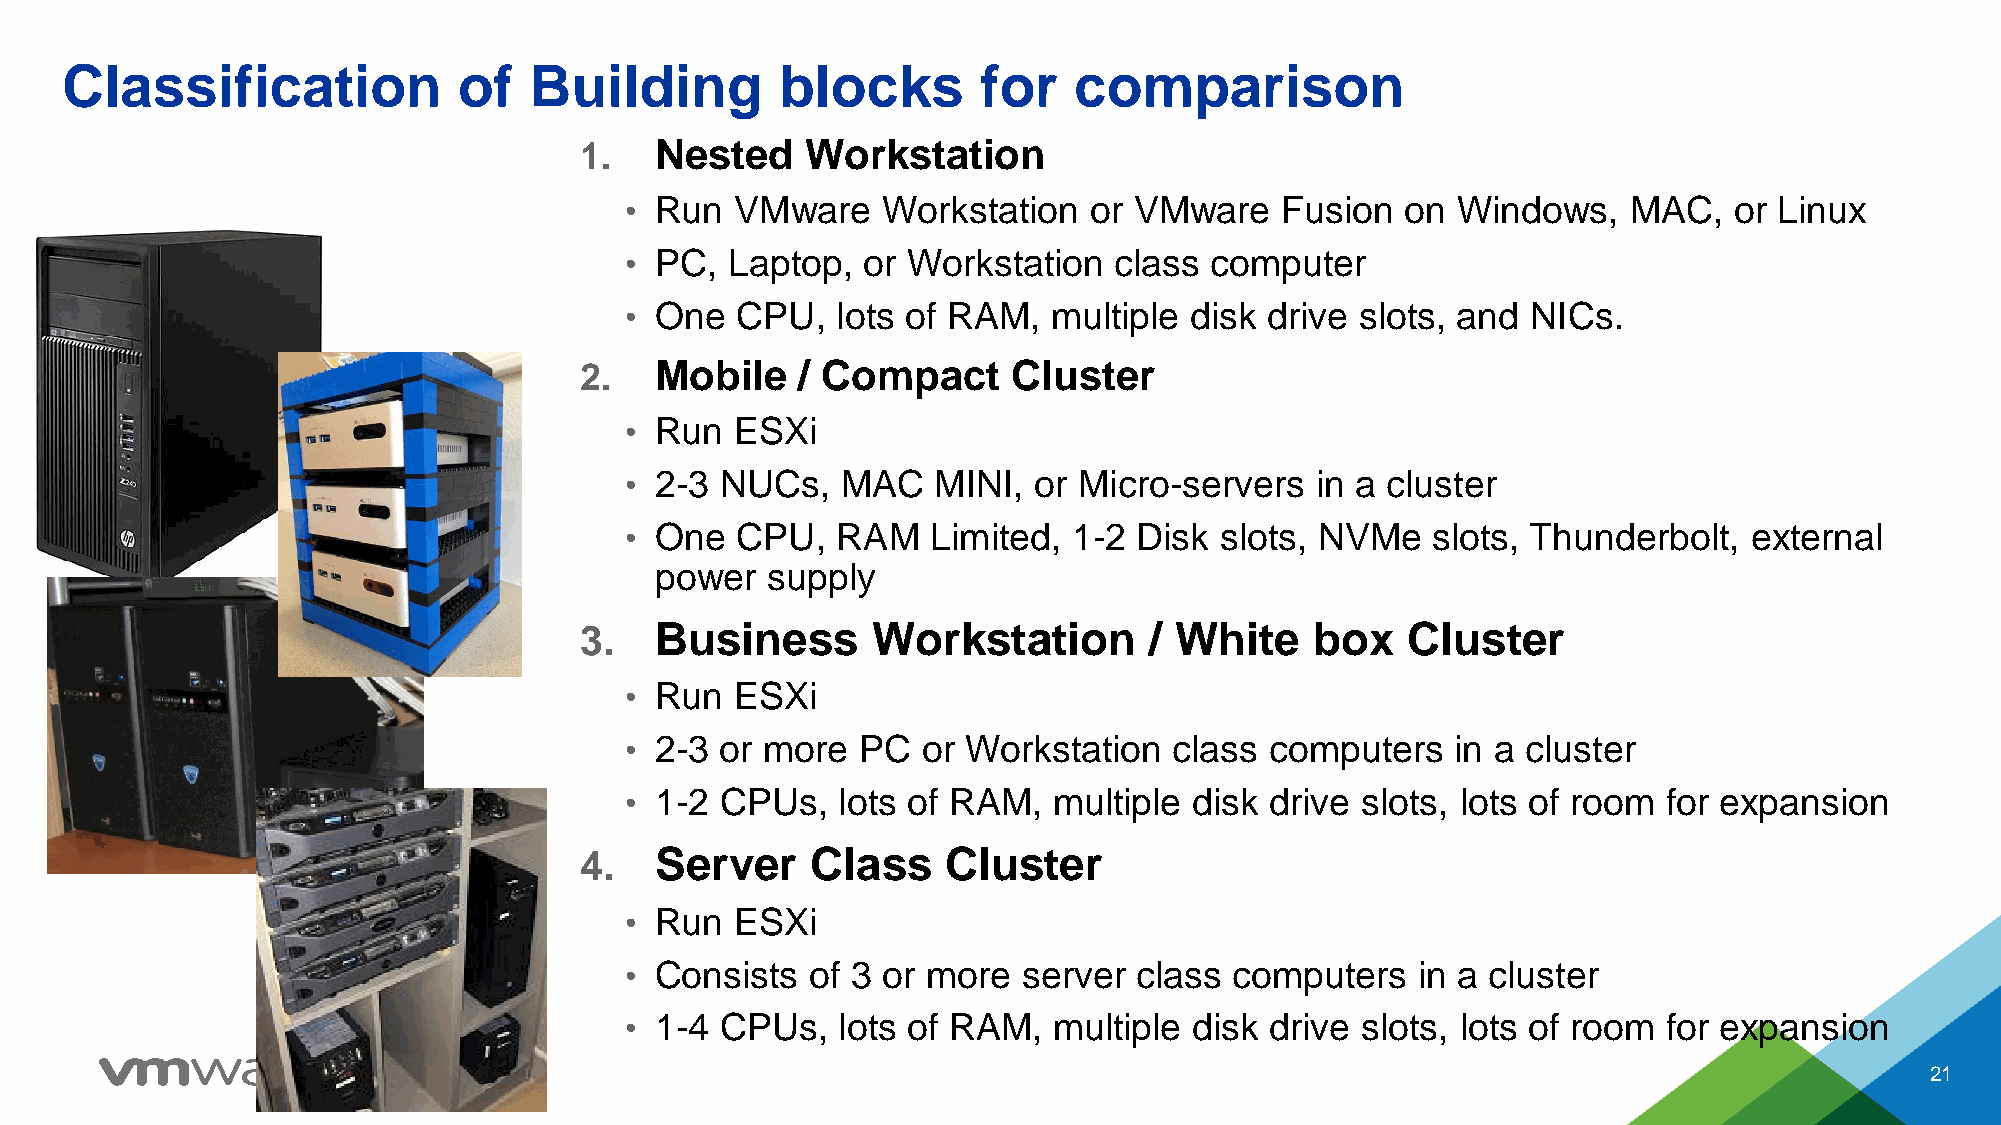
Classification            of   Building         blocks       for   comparison
 1.   Nested    Workstation
 • Run   VMware   Workstation   or VMware    Fusion  on Windows,    MAC,   or Linux
 • PC,  Laptop,  or Workstation   class computer
 • One   CPU,  lots of RAM,   multiple disk drive slots, and NICs.
 2.   Mobile    / Compact     Cluster
 • Run   ESXi
 • 2-3  NUCs,   MAC   MINI, or Micro-servers   in a cluster
 • One   CPU,  RAM    Limited, 1-2 Disk  slots, NVMe   slots, Thunderbolt,  external
 power   supply
 3.   Business       Workstation       / White    box   Cluster
 • Run   ESXi
 • 2-3  or more  PC  or Workstation   class computers   in a cluster
 • 1-2  CPUs,  lots of RAM,   multiple disk drive slots, lots of room for expansion
 4.   Server     Class    Cluster
 • Run   ESXi
 • Consists   of 3 or more  server class  computers   in a cluster
 • 1-4  CPUs,  lots of RAM,   multiple disk drive slots, lots of room for expansion
 21